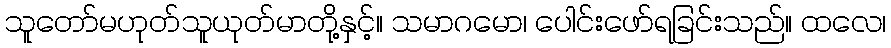
သူတော်မဟုတ်သူယုတ်မာတို့နှင့်။ သမာဂမော၊ ပေါင်းဖော်ရခြင်းသည်။ ထလေ၊